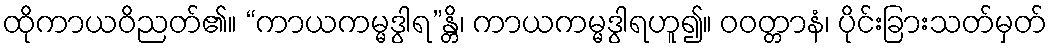
ထိုကာယဝိညတ်၏။ “ကာယကမ္မဒွါရ”န္တိ၊ ကာယကမ္မဒွါရဟူ၍။ ဝဝတ္တာနံ၊ ပိုင်းခြားသတ်မှတ်